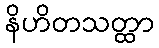
နိဟိတသတ္ထာ